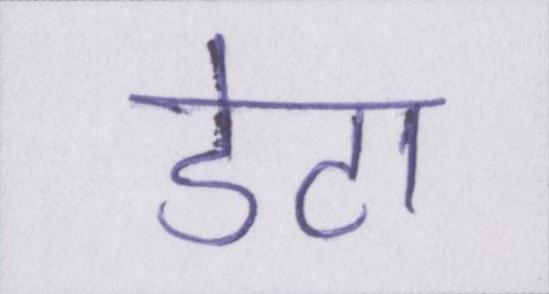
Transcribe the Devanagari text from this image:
डेटा